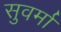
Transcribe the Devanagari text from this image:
सुवर्मा